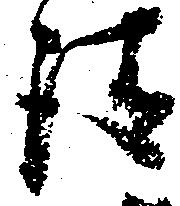
請